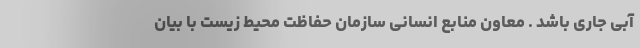
آبی جاری باشد . معاون منابع انسانی سازمان حفاظت محیط زیست با بیان